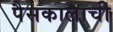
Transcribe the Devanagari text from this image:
पैसकालाची